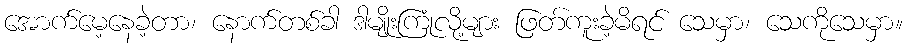
အောက်မေ့နေခဲ့တာ၊ နောက်တစ်ခါ ဒါမျိုးကြုံလို့များ ဖြတ်ကူးခဲ့မိရင် သေမှာ၊ သေကိုသေမှာ။